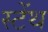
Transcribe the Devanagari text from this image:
स्‍टेंथ